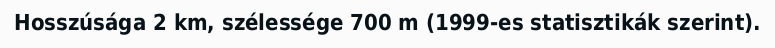
Hosszúsága 2 km, szélessége 700 m (1999-es statisztikák szerint).